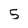
Character: 5